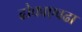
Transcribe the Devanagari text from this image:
ढोकाएवढा